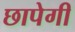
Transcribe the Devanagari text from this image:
छापेगी